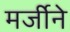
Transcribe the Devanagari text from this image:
मर्जीने